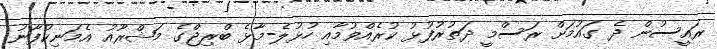
ރައީސުން ދެ ގައުމަށް ރަސްމީ ދަތުރުފުޅު ކުރެއްވުމާއި ހުޅުލެ-މާޅެ ބްރިޖްގެ މަޝްރޫއު އެމަނިކުފާނު